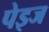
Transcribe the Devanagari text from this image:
पेइज